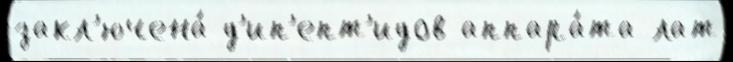
закл'ючена́ д'ип'епт'идов аппара́та лат